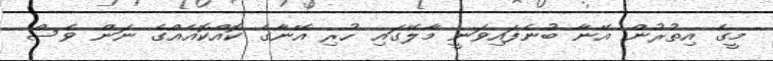
މީގެ އިތުރުން އޭނާ ބުނެފައިވަނީ މާލޭގައި ހުރި އޭނާގެ ކޮއްކޮއެއްގެ ނަން ވެސް